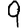
Digit: 9